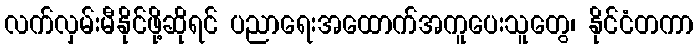
လက်လှမ်းမီနိုင်ဖို့ဆိုရင် ပညာရေးအထောက်အကူပေးသူတွေ၊ နိုင်ငံတကာ